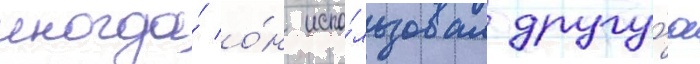
иногда́ о́н испо́льзовал другу́ю